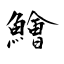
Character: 鱠